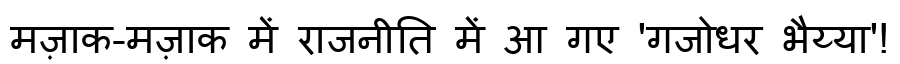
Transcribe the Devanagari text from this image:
मज़ाक-मज़ाक में राजनीति में आ गए 'गजोधर भैय्या'!